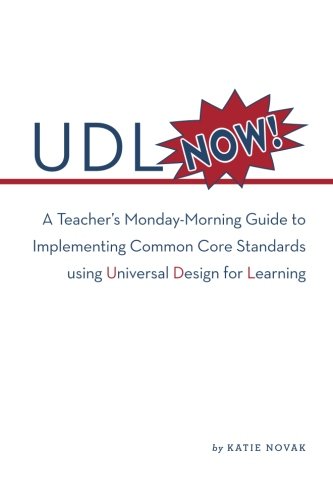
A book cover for UDL Now!: A Teacher's Monday-Morning Guide to Implementing Common Core Standards Using Universal Design for Learning; Katie Novak; Education & Teaching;